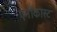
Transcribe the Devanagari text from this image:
एनीकास्ट